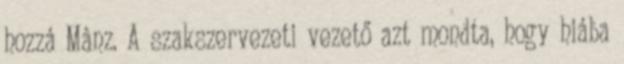
hozzá Mânz. A szakszervezeti vezető azt mondta, hogy hiába